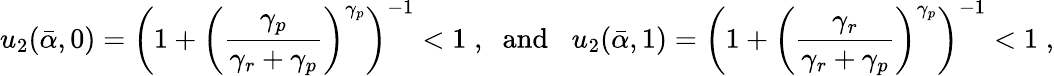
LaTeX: u_{2}(\bar{\alpha},0)=\left(1+\left(\frac{\gamma_{p}}{\gamma_{r}+\gamma_{p}}\right)^{\gamma_{p}}\right)^{-1}<1\; ,\; \; {\mathrm{and}}\; \; \; u_{2}(\bar{\alpha},1)=\left(1+\left(\frac{\gamma_{r}}{\gamma_{r}+\gamma_{p}}\right)^{\gamma_{p}}\right)^{-1}<1\; ,